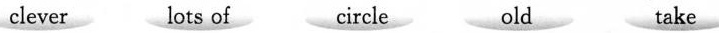
clever lots of circle old take